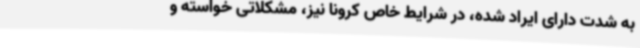
به شدت دارای ایراد شده‌، در شرایط خاص کرونا نیز، مشکلاتی خواسته و